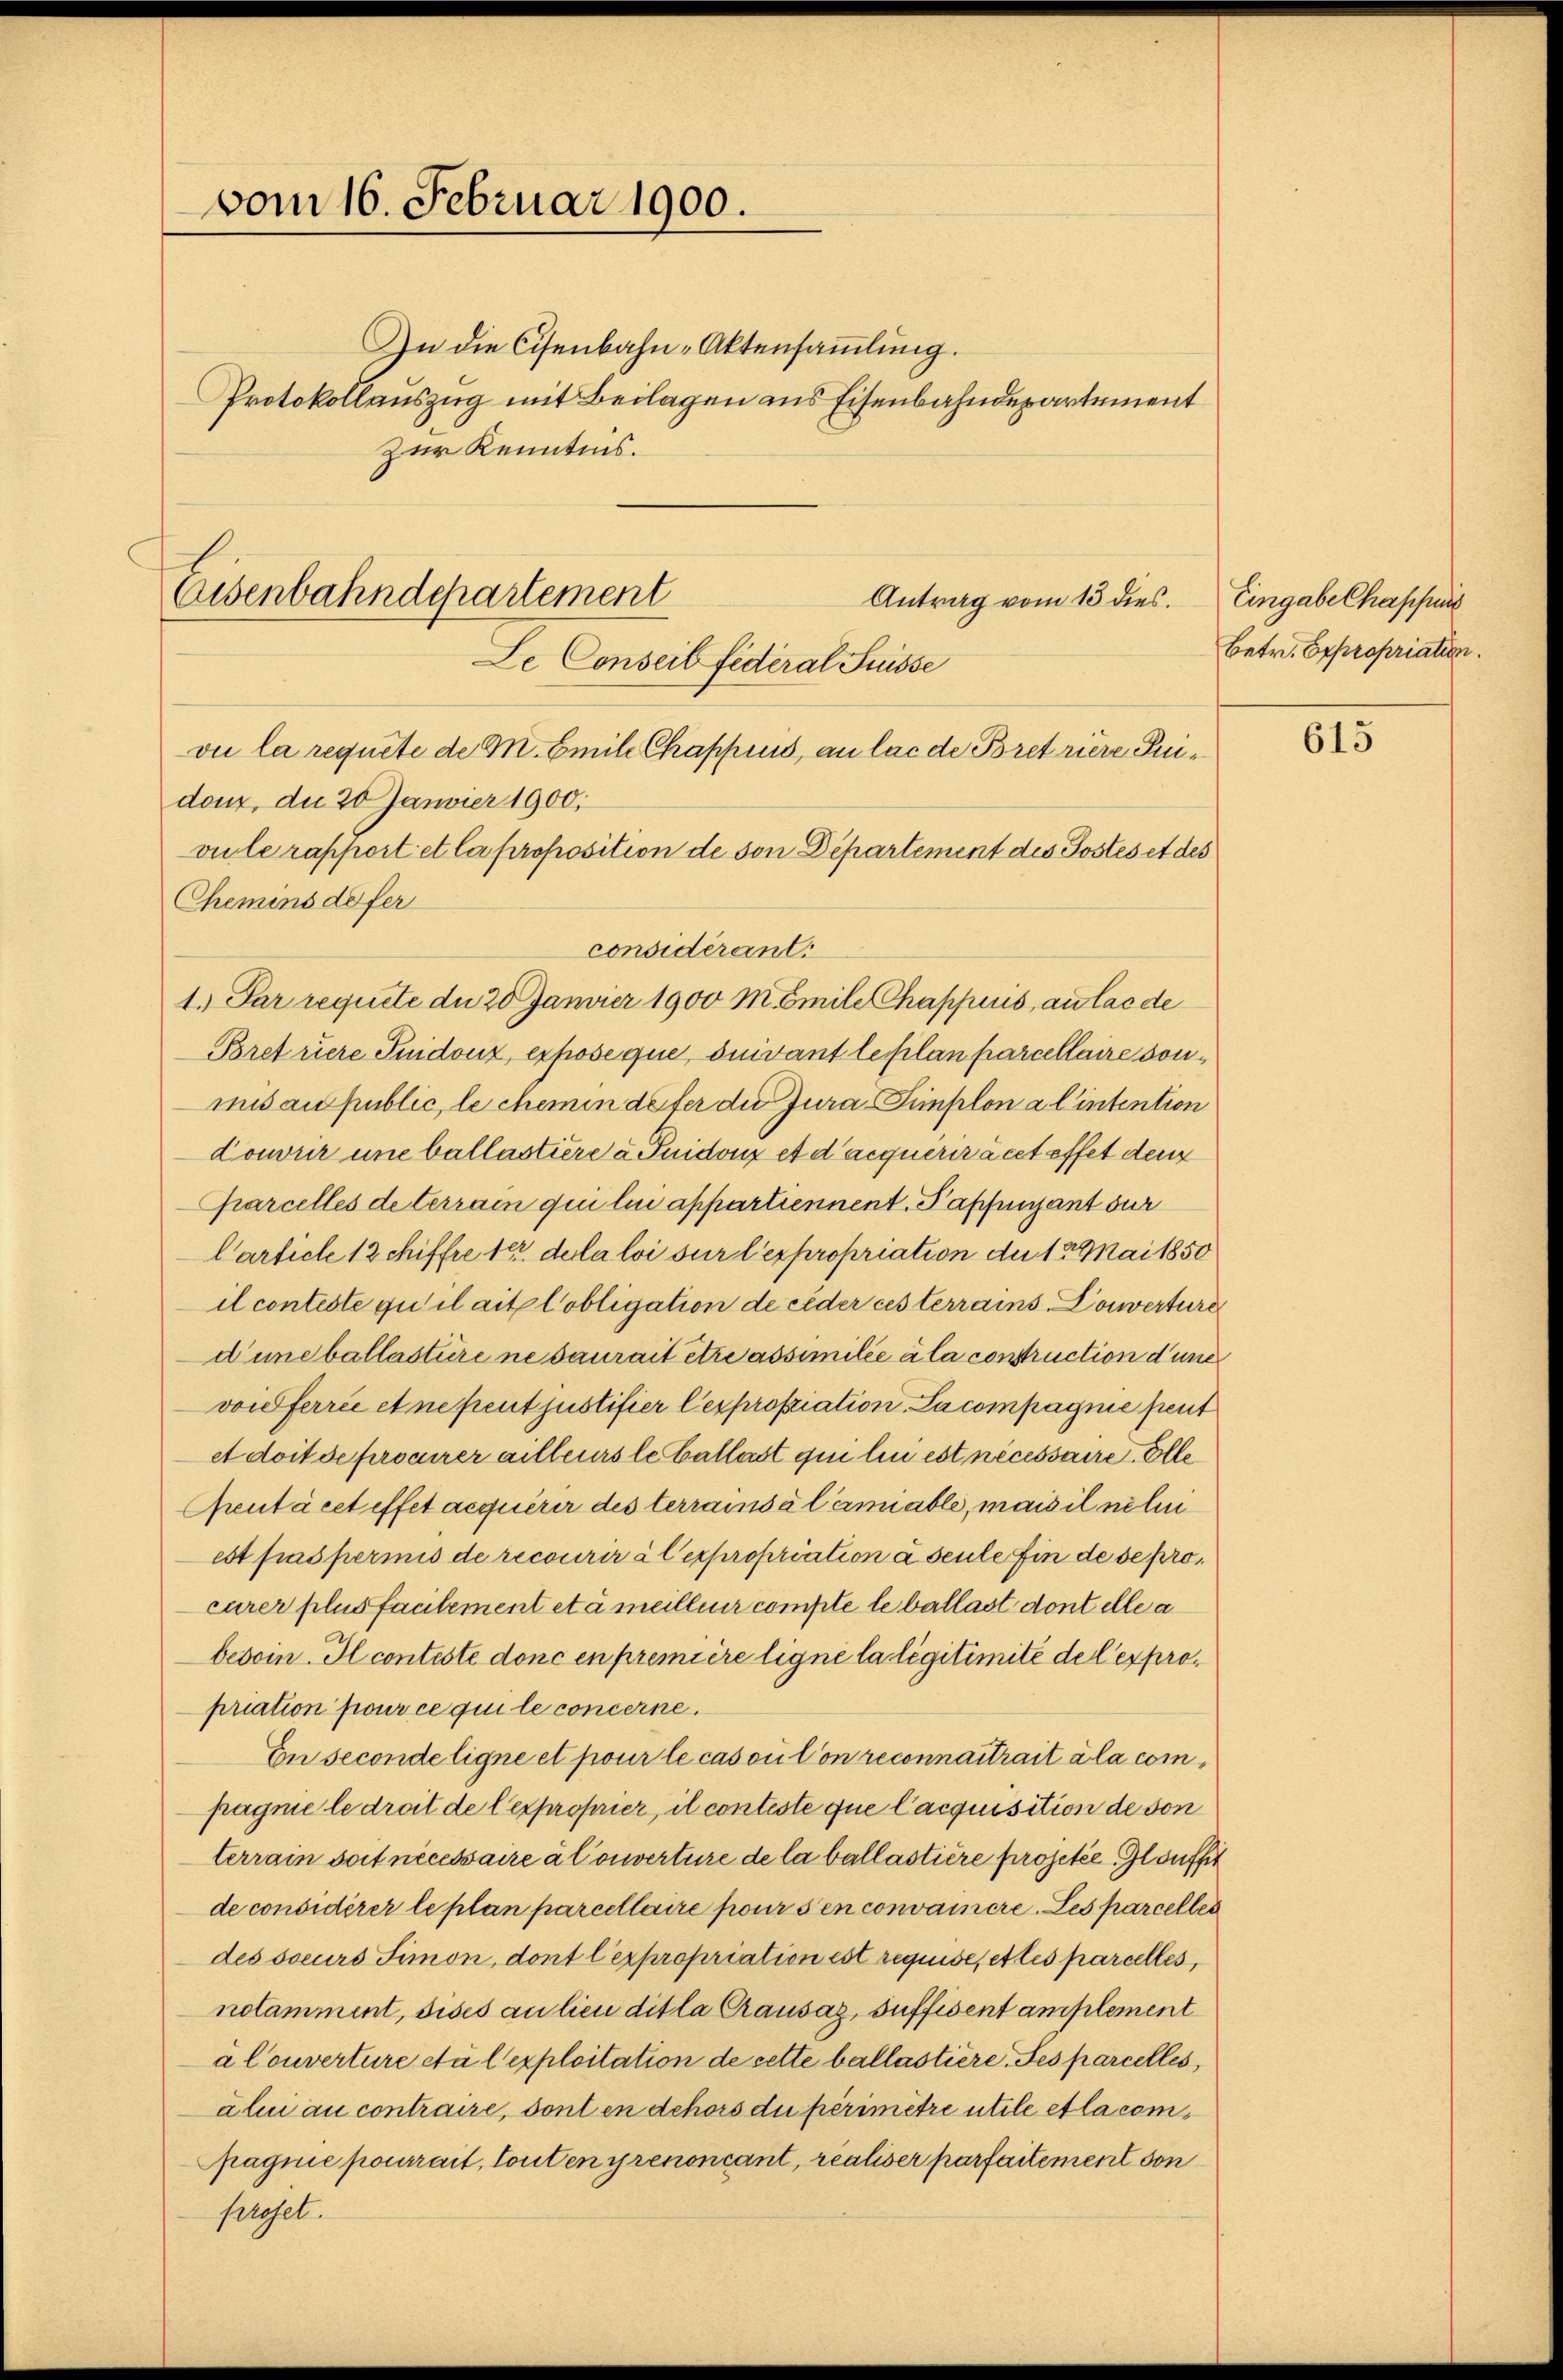
vom 16. Februar 1900.

Eisenbahndepartement
Antrag vom 13 dies.
Le Conseil fédéral Suisse
vue la requete de M. Emil Chrappius, an lac de Bretriere Pri¬

In die Cisenbahn-Aktensammlung.
Protokollauszug mit Beilagen aus Eisenbahndepartement
Zur Kenntnis.

douz, du 20 Janvier 1900;
vu le rapport et la proposition de son Departement des Postes et des
Chemins de fer
considérant.
1.) Par requite de 20 Janvier 1900 M. Emile Chappius, au las de
Bretriere Guidouz, expose que, suivant leplan parcellaire sonmis aus public, le chemindeter die Jura, Simplon a l’intention
domer une ballastiere u. Guidonz et d’acquerräcet effet dem
parcelles de terrain qui lui appartiennent. Papfungsant sur
Carticle 12 chiffre 10. dela loi sur l’expropriation du 18 Mai 1850
il conteste qu’il ait lobligation de ceder ces terrains Converture
duneballastire ne saurait être assimilée à la construction d’une
voidferrée et ne peut justifier lexpropriation. La compagnie peut
et doit de procurer ailleurs le ballast qui lui est nécessaire. Elle
Gentácet effet acquérir des terrainsälen able, mais il ne lui
est pas permis de recourir à l’expropriation à seule in de de procurer plus facilement etc meilleur compte le ballast dont elle a
bedoin. Il conteste doncen première ligne la légitimite del expropriation pour ce qui le concerne.
Ein seconde ligne et pour le cas on Con reconnaitrait à la compagnie le droit de l’exproprier, il conteste que Cacquisition de son
terrain soit nécessaire à converture de la ballastière projetée Gloufft
de considérer le plan parcellaire pour s’en convainere. Les parceller
des soeurs Simon, dont lexpropriation est requise, et les parcelles,
notamment, sises an lieu dit la Causaz, suffisent amplement
à Converture ctà l exploitation de cette ballastiere. Ses parcelles,
alen au contraire, sont en dchors du périmetri utile etlacempagnie pourrait, touten y renoncant, realiser parfaitement von
sroset.

Eingabe Chassis
betr. Expropriation.

615